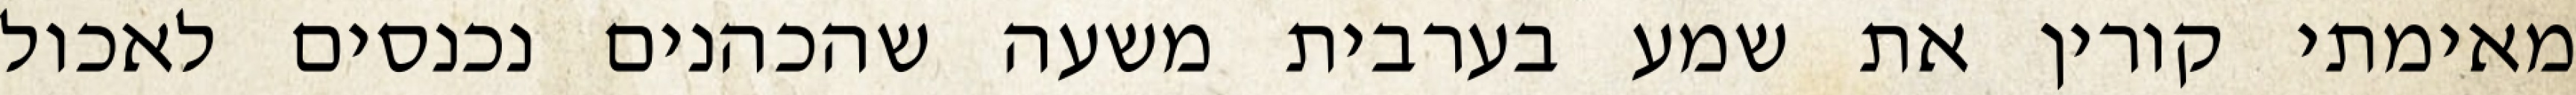
מאימתי קורין את שמע בערבית משעה שהכהנים נכנסים לאכול